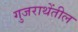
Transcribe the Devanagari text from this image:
गुजराथेंतील